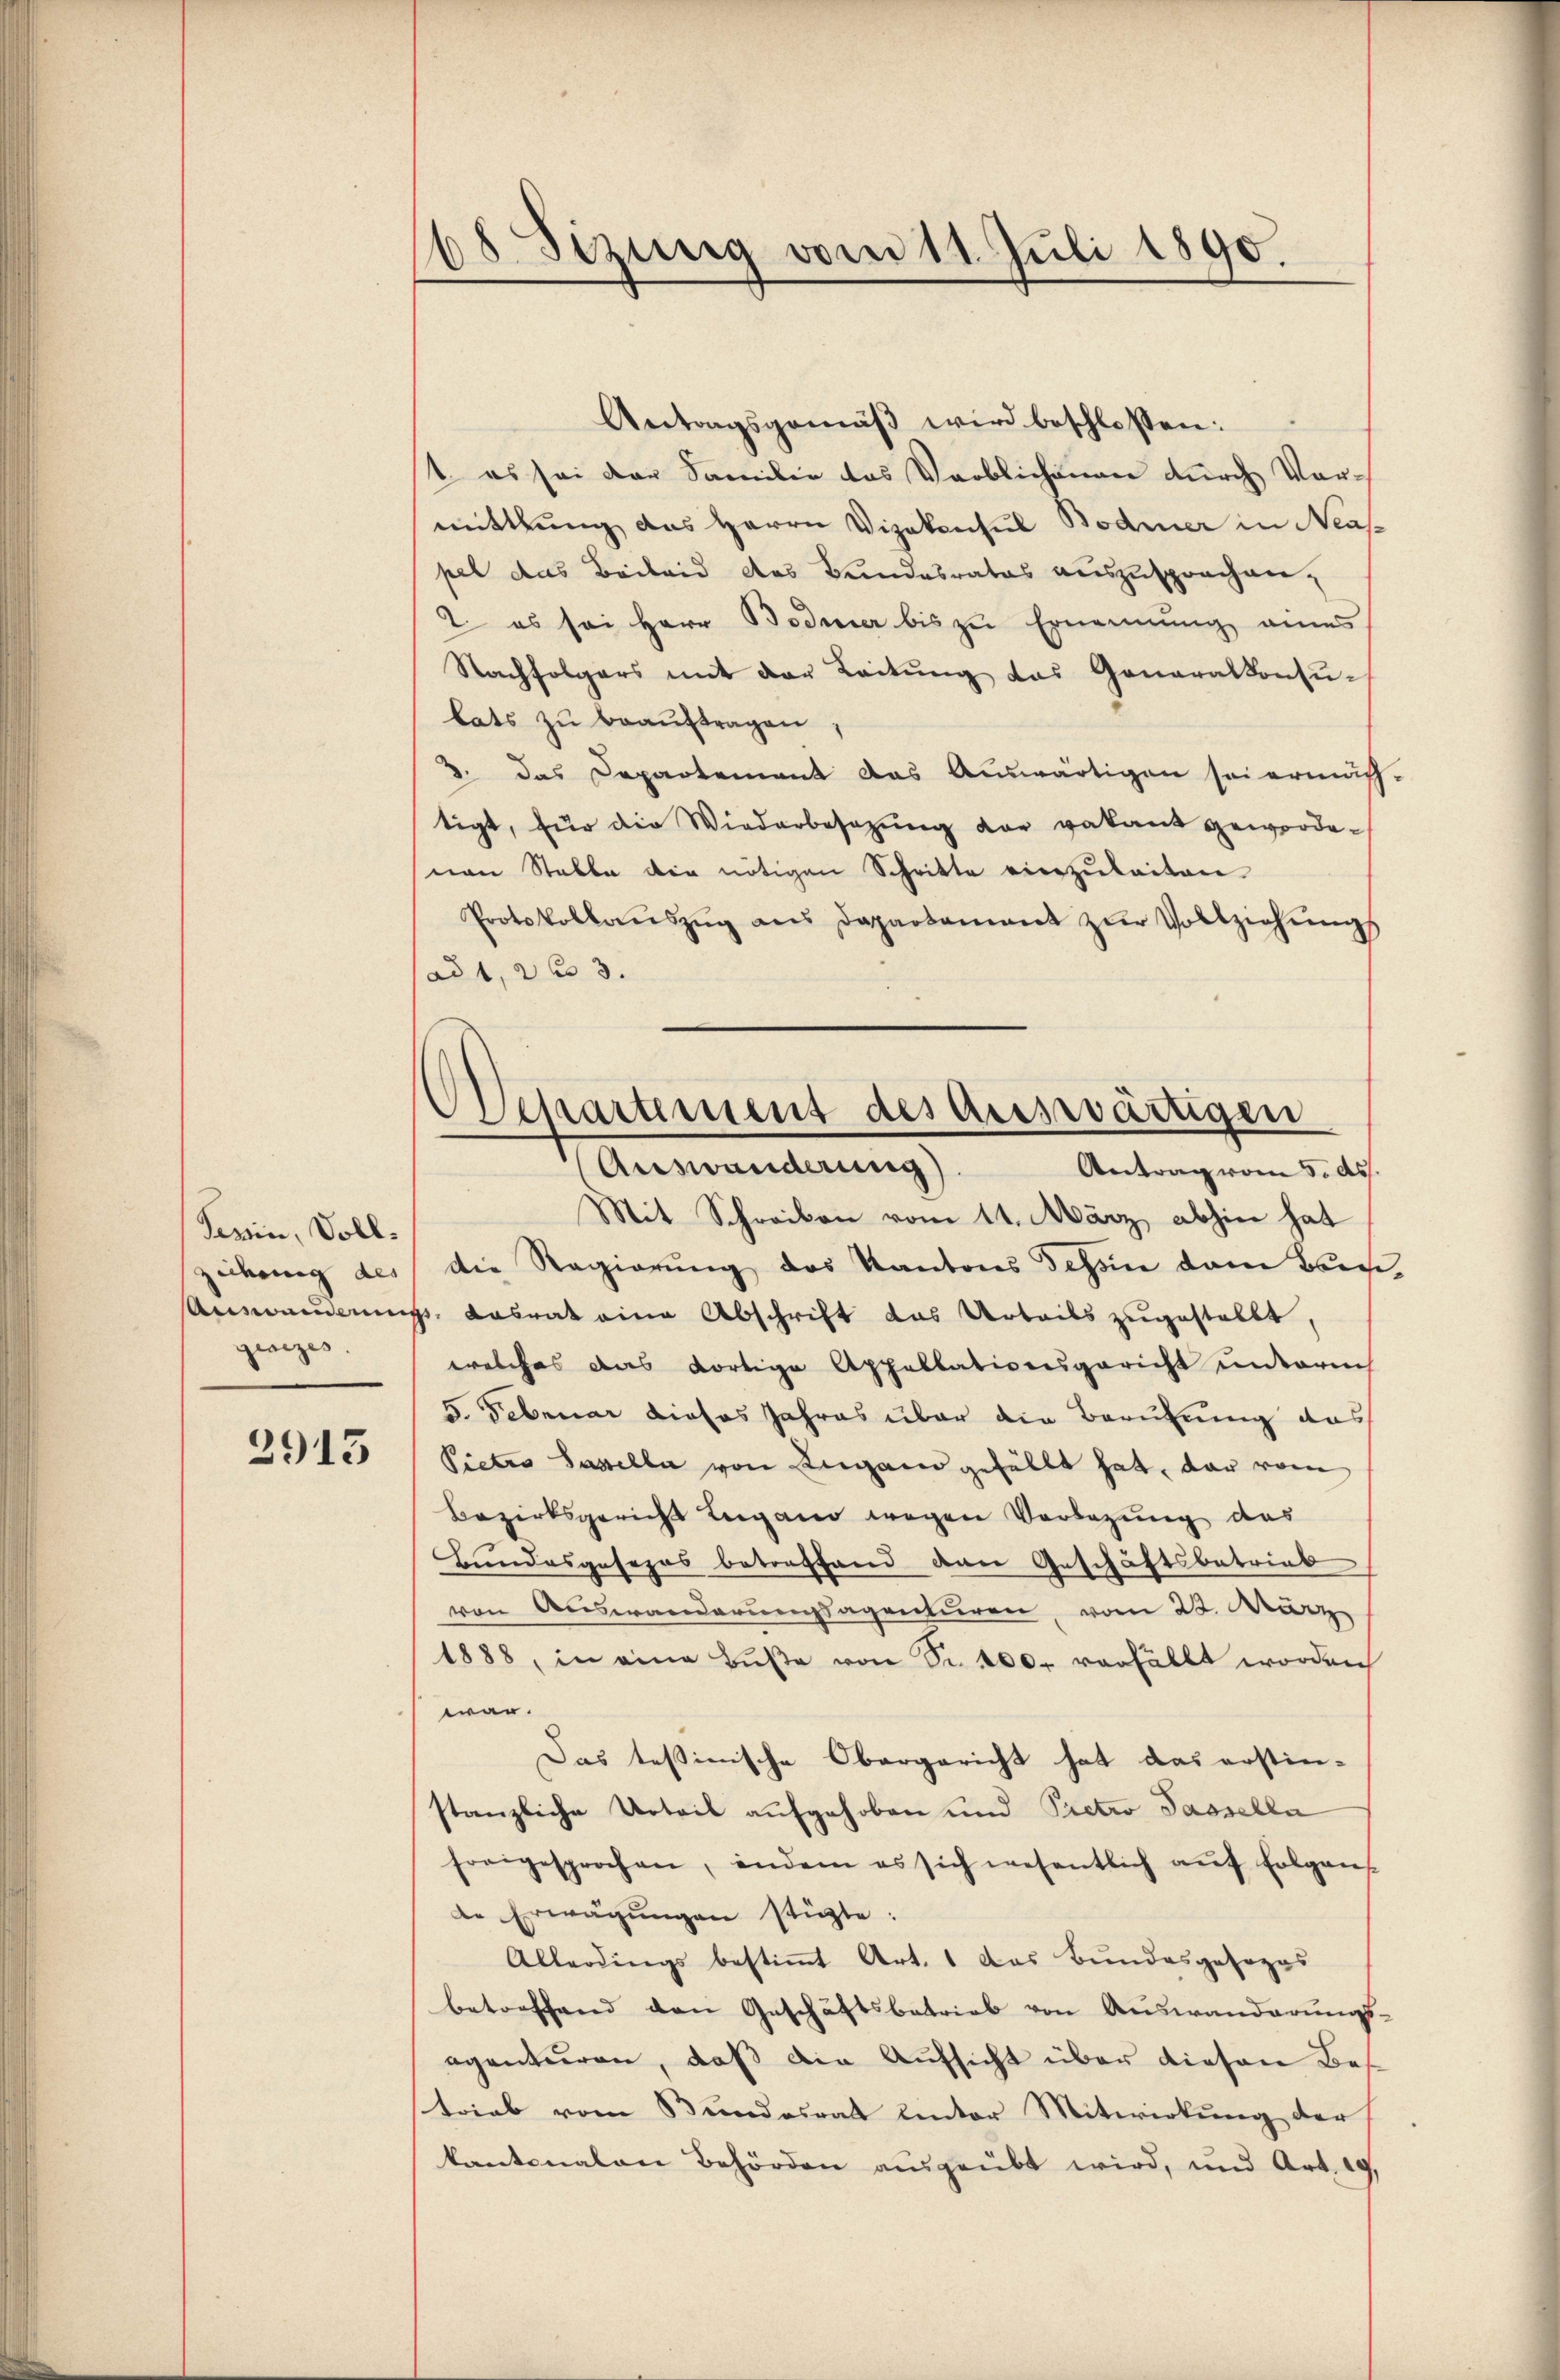
Serin, Vollziehung des
ginizes

2913

48. Sizung vom 11. Juli 1890.
.

Departement des auswärtigen
(Auswanderung)
Antrag vom 5. ds.

Antragsgemäβ wird beschlossen:
t es sei der Familie das Verblichenen durch Vormittlung das Herrn Vizekonsul Bodmer in Neas-
pel das Beileid des Bundesrates auszusprochen,
2. es sei Herr Bodmer bis zu Ernennung eines
Nachfolgers mit der Leitung das Generalkonsulats zu beauftragen,
3. das Departement das Auswärtigen sei ermäch
tigt, für die Wiederbesezung vor vakant geworde¬
(von Stalle die nötigen Schritte einzŭleiten.
Protokollaŭszŭg ans Departament zŭr Vollziehŭngs
ad 1, 2 f 3
Mit Schreiben vom 11. März abhin hat
die Regierung des Kantons Tessin dem Bach
Auswanderungs-Kasrat eine Abschrift das Urteils zugestellt
welches das dortige Appellationsgericht unterm
5. Februar dieses Jahres über die Berufung das
Pietro Sasselbe von Lugand gefällt hat, dar vom
Bezirksgericht Lugano wegen Vorlegung des
Bundesgesezes betreffend dann Geschäftsbetrieb
von Auswanderungsagenturen, vom 22. März
1888, in eine Bŭβe von Sr. 400. verfällt worden
war.
Das testinische Obergericht hat das erstin-
stanzliche Urteil aufgehoben und Pietro Passella
freigesprochen, indem es sich wesentlich aŭf folgens-
de Erwägŭngen stüzte:
Allerdings bestimmt Art. 1 das Bundesgesezes
betreffend den Geschäftsbetrieb von Auswanderungs-
egenturen, daß die Aufsicht über diesene Bes
strieb vom Bundesrat unter Mitwirkung der
kantonalen Behörden ausgeübt wird, und Art. 29.